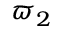
\varpi _ { 2 }